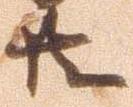
共